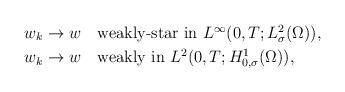
LaTeX: \begin{align*}&w_k\to w \quad\mbox{weakly-star in $L^\infty(0,T; L^2_\sigma(\Omega))$}, \\&w_k\to w \quad\mbox{weakly in $L^2(0,T; H^1_{0,\sigma}(\Omega))$},\end{align*}